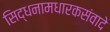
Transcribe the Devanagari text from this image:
सिद्धनामधारकसंवादे